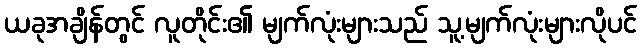
ယခုအချိန်တွင် လူတိုင်း၏ မျက်လုံးများသည် သူ့မျက်လုံးများလိုပင်